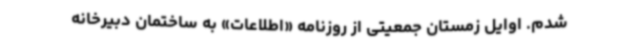
شدم. اوایل زمستان جمعیتی از روزنامه «اطلاعات» به ساختمان دبیرخانه